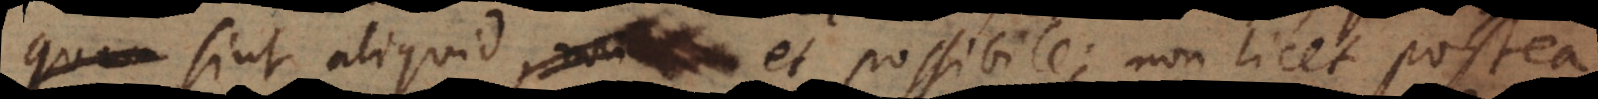
sint aliquid et possibile; non licet postea